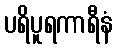
ပရိပူရကာရီနံ